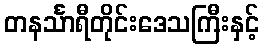
တနင်္သာရီတိုင်းဒေသကြီးနှင့်